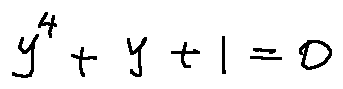
y ^ { 4 } + y + 1 = 0